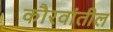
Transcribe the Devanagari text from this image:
कौरवांतील